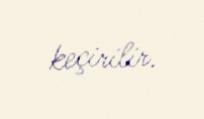
keçirilir.